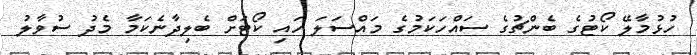
ހުޅުމާލޭ ކޯޓުގެ ބެންޗުގެ ސައްހަކަމުގެ މައްސަލަ ހައި ކޯޓަށް ބެލިދާނެކަމާ މެދު ސުވާލު